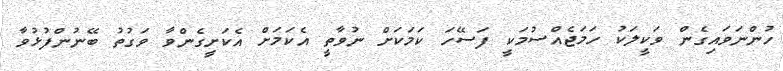
ހުންނަވައިގެން ވަކީލަކު ހަމަޖެއްސުމަކީ ފަސޭހަ ކަމަކަށް ނުވާތީ އެކަމަށް އެކަށީގެންވާ ވަގުތު ބޭނުންފުޅުވާ